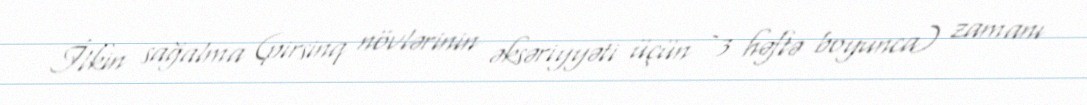
İlkin sağalma (pirsinq növlərinin əksəriyyəti üçün ~3 həftə boyunca) zamanı